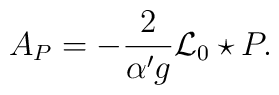
A_{P}=-\frac{2}{{\alpha ^{\prime }}g}{\mathcal{L}_{0}}\star P.